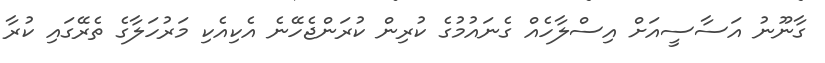
ގާނޫނު އަސާސީއަށް އިސްލާހެއް ގެނައުމުގެ ކުރިން ކުރަންޖެހޭނެ އެކިއެކި މަރުހަލާގެ ތެރޭގައި ކުރާ